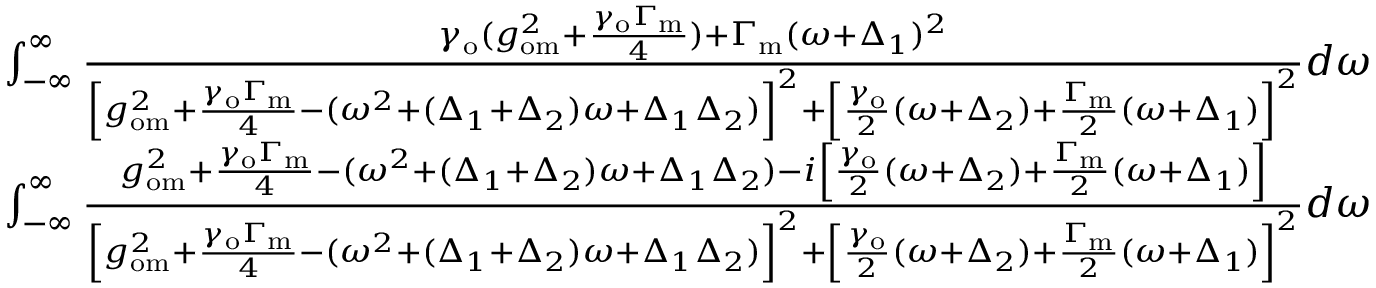
\begin{array} { r l r } { \int _ { - \infty } ^ { \infty } \frac { \gamma _ { \mathrm { o } } ( g _ { \mathrm { o m } } ^ { 2 } + \frac { \gamma _ { \mathrm { o } } \Gamma _ { \mathrm { m } } } { 4 } ) + \Gamma _ { \mathrm { m } } ( \omega + \Delta _ { 1 } ) ^ { 2 } } { \left[ g _ { \mathrm { o m } } ^ { 2 } + \frac { \gamma _ { \mathrm { o } } \Gamma _ { \mathrm { m } } } { 4 } - ( \omega ^ { 2 } + ( \Delta _ { 1 } + \Delta _ { 2 } ) \omega + \Delta _ { 1 } \Delta _ { 2 } ) \right] ^ { 2 } + \left[ \frac { \gamma _ { \mathrm { o } } } { 2 } ( \omega + \Delta _ { 2 } ) + \frac { \Gamma _ { \mathrm { m } } } { 2 } ( \omega + \Delta _ { 1 } ) \right] ^ { 2 } } d \omega } & { { } = } & { 2 \pi , } \\ { \int _ { - \infty } ^ { \infty } \frac { g _ { \mathrm { o m } } ^ { 2 } + \frac { \gamma _ { \mathrm { o } } \Gamma _ { \mathrm { m } } } { 4 } - ( \omega ^ { 2 } + ( \Delta _ { 1 } + \Delta _ { 2 } ) \omega + \Delta _ { 1 } \Delta _ { 2 } ) - i \left[ \frac { \gamma _ { \mathrm { o } } } { 2 } ( \omega + \Delta _ { 2 } ) + \frac { \Gamma _ { \mathrm { m } } } { 2 } ( \omega + \Delta _ { 1 } ) \right] } { \left[ g _ { \mathrm { o m } } ^ { 2 } + \frac { \gamma _ { \mathrm { o } } \Gamma _ { \mathrm { m } } } { 4 } - ( \omega ^ { 2 } + ( \Delta _ { 1 } + \Delta _ { 2 } ) \omega + \Delta _ { 1 } \Delta _ { 2 } ) \right] ^ { 2 } + \left[ \frac { \gamma _ { \mathrm { o } } } { 2 } ( \omega + \Delta _ { 2 } ) + \frac { \Gamma _ { \mathrm { m } } } { 2 } ( \omega + \Delta _ { 1 } ) \right] ^ { 2 } } d \omega } & { { } = } & { 0 . } \end{array}